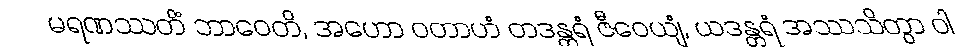
မရဏဿတိံ ဘာဝေတိ, အဟော ဝတာဟံ တဒန္တရံ ဇီဝေယျံ, ယဒန္တရံ အဿသိတွာ ဝါ